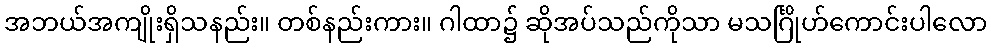
အဘယ်အကျိုးရှိသနည်း။ တစ်နည်းကား။ ဂါထာ၌ ဆိုအပ်သည်ကိုသာ မသင်္ဂြိုဟ်ကောင်းပါလော